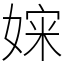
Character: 㛽